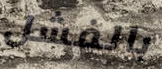
بالفشل